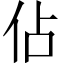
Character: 佔